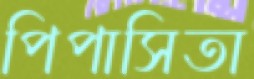
পিপাসিতা